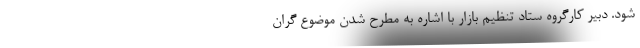
شود. دبیر کارگروه ستاد تنظیم بازار با اشاره به مطرح شدن موضوع گران